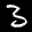
Label: 3